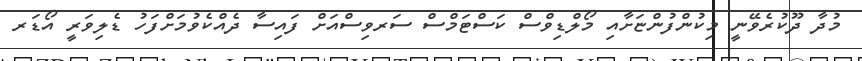
މުދާ ދޫކުރެވޭނީ މިކުންފުންޏަށާއި މޯލްޑިވްސް ކަސްޓަމްސް ސަރވިސްއަށް ފައިސާ ދެއްކެވުމަށްފަހު ޑެލިވަރީ އޯޑަރ